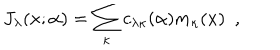
J _ { \lambda } ( x ; \alpha ) = \sum _ { \kappa } c _ { \lambda \kappa } ( \alpha ) m _ { \kappa } ( x ) \, \, \, ,